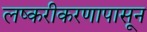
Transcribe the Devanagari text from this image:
लष्करीकरणापासून